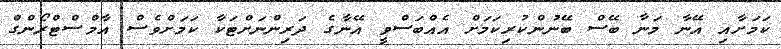
ކަމަށާއި އޭނާ މަނާ ބޭސް ބޭނުންކުރިކަމަށް އެއްބަސްވީ އޭނާގެ ދަރިންނަށްޓަކާ ކަމަށްވެސް އާމްސްޓްރޯންގް